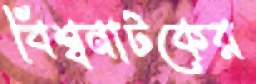
বিশ্বনাটকের